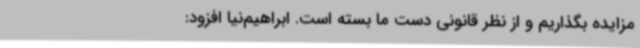
مزایده بگذاریم و از نظر قانونی دست ما بسته است. ابراهیم‌نیا افزود: